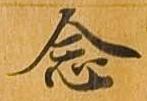
念